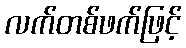
လက်တစ်ဖက်ဖြင့်